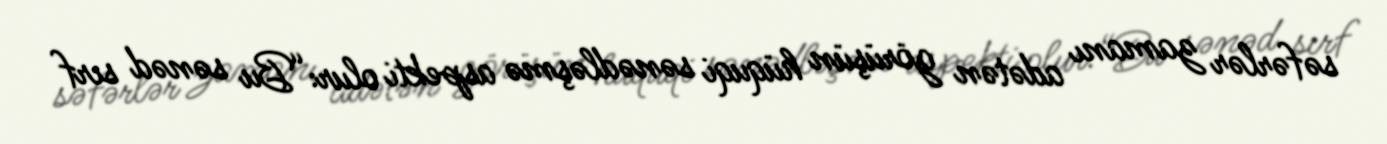
səfərlər zamanı adətən görüşün hüquqi sənədləşmə aspekti olur:“Bu sənəd sırf